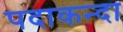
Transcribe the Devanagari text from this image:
पदाकन्दा